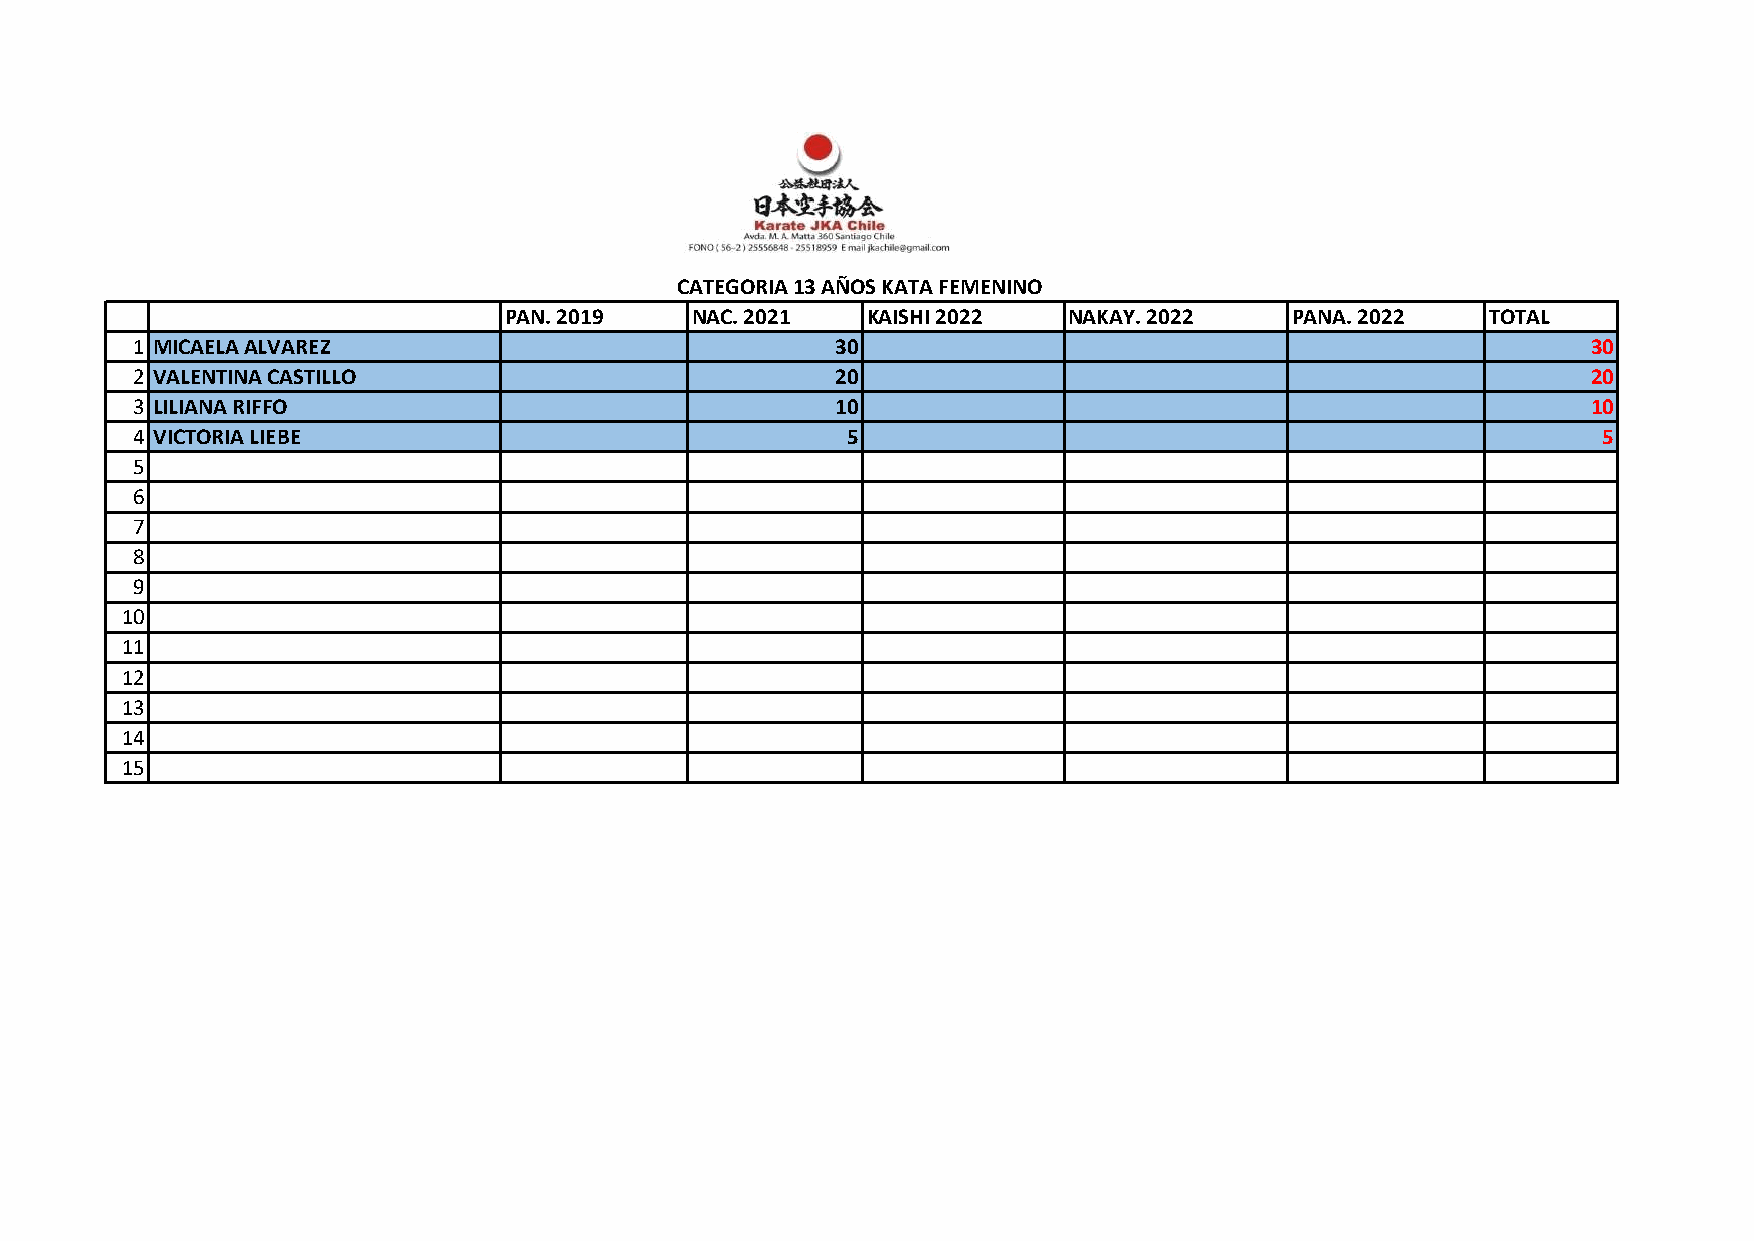
CATEGORIA 13 AÑOS KATA FEMENINO
 PAN. 2019    NAC. 2021  KAISHI 2022   NAKAY. 2022    PANA. 2022   TOTAL
 1 MICAELA ALVAREZ                             30                                                30
 2 VALENTINA CASTILLO                          20                                                20
 3 LILIANA RIFFO                               10                                                10
 4 VICTORIA LIEBE                               5                                                 5
 5
 6
 7
 8
 9
 10
 11
 12
 13
 14
 15